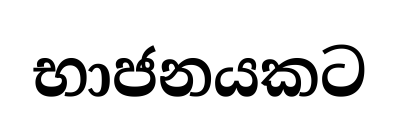
භාජනයකට